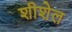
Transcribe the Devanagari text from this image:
शीशेल